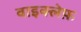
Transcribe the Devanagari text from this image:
वाइक्लेफ़